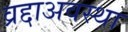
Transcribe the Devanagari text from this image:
व्रद्दाअवस्था